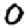
Digit: 0